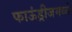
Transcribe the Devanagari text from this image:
फाऊंड्रीजमध्ये